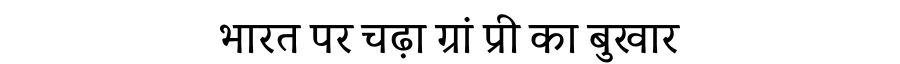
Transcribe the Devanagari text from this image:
भारत पर चढ़ा ग्रां प्री का बुखार